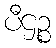
ပီဌဉ္စ